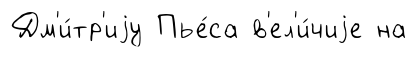
Дм'и́тр'иjу Пье́са в'ел'и́чиjе на